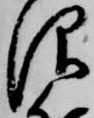
仰